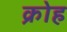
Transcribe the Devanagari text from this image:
क्रोह